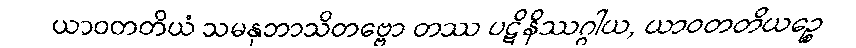
ယာဝတတိယံ သမနုဘာသိတဗ္ဗော တဿ ပဋိနိဿဂ္ဂါယ, ယာဝတတိယဉ္စေ